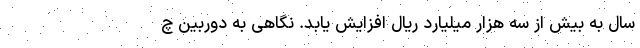
سال به بیش از سه هزار میلیارد ریال افزایش یابد. نگاهی به دوربین چ